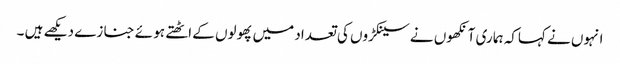
انہوں نے کہاکہ ہما ری آنکھوں نے سینکڑوں کی تعداد میں پھولوں کے اٹھتے ہو ئے جنا زے دیکھے ہیں ۔